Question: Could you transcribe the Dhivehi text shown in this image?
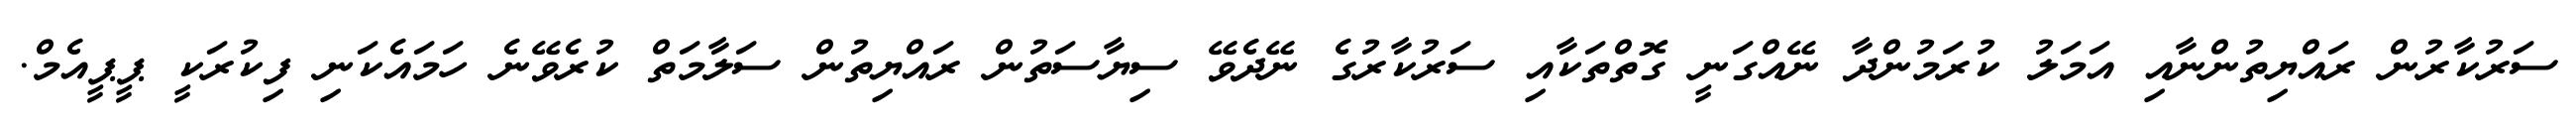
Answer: ސަރުކާރުން ރައްޔިތުންނާއި އަމަލު ކުރަމުންދާ ނޭއްގަނީ ގޮތްތަކާއި ސަރުކާރުގެ ނޭދެވޭ ސިޔާސަތުން ރައްޔިތުން ސަލާމަތް ކުރެވޭނެ ހަމައެކަނި ފިކުރަކީ ޕީޕީއެމް.